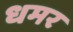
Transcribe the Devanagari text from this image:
धमर